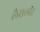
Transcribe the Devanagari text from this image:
लैसलॉट